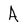
Character: A